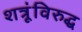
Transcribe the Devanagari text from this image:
शत्रूंविरुद्ध